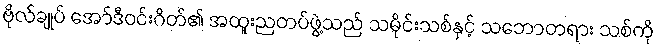
ဗိုလ်ချုပ် အော်ဒီဝင်းဂိတ်၏ အထူးညတပ်ဖွဲ့သည် သမိုင်းသစ်နှင့် သဘောတရား သစ်ကို